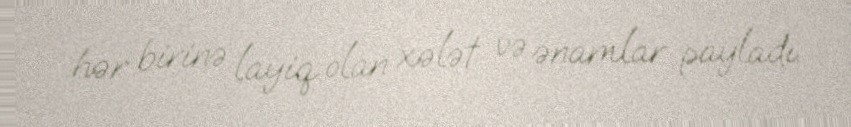
hər birinə layiq olan xələt və ənamlar payladı.